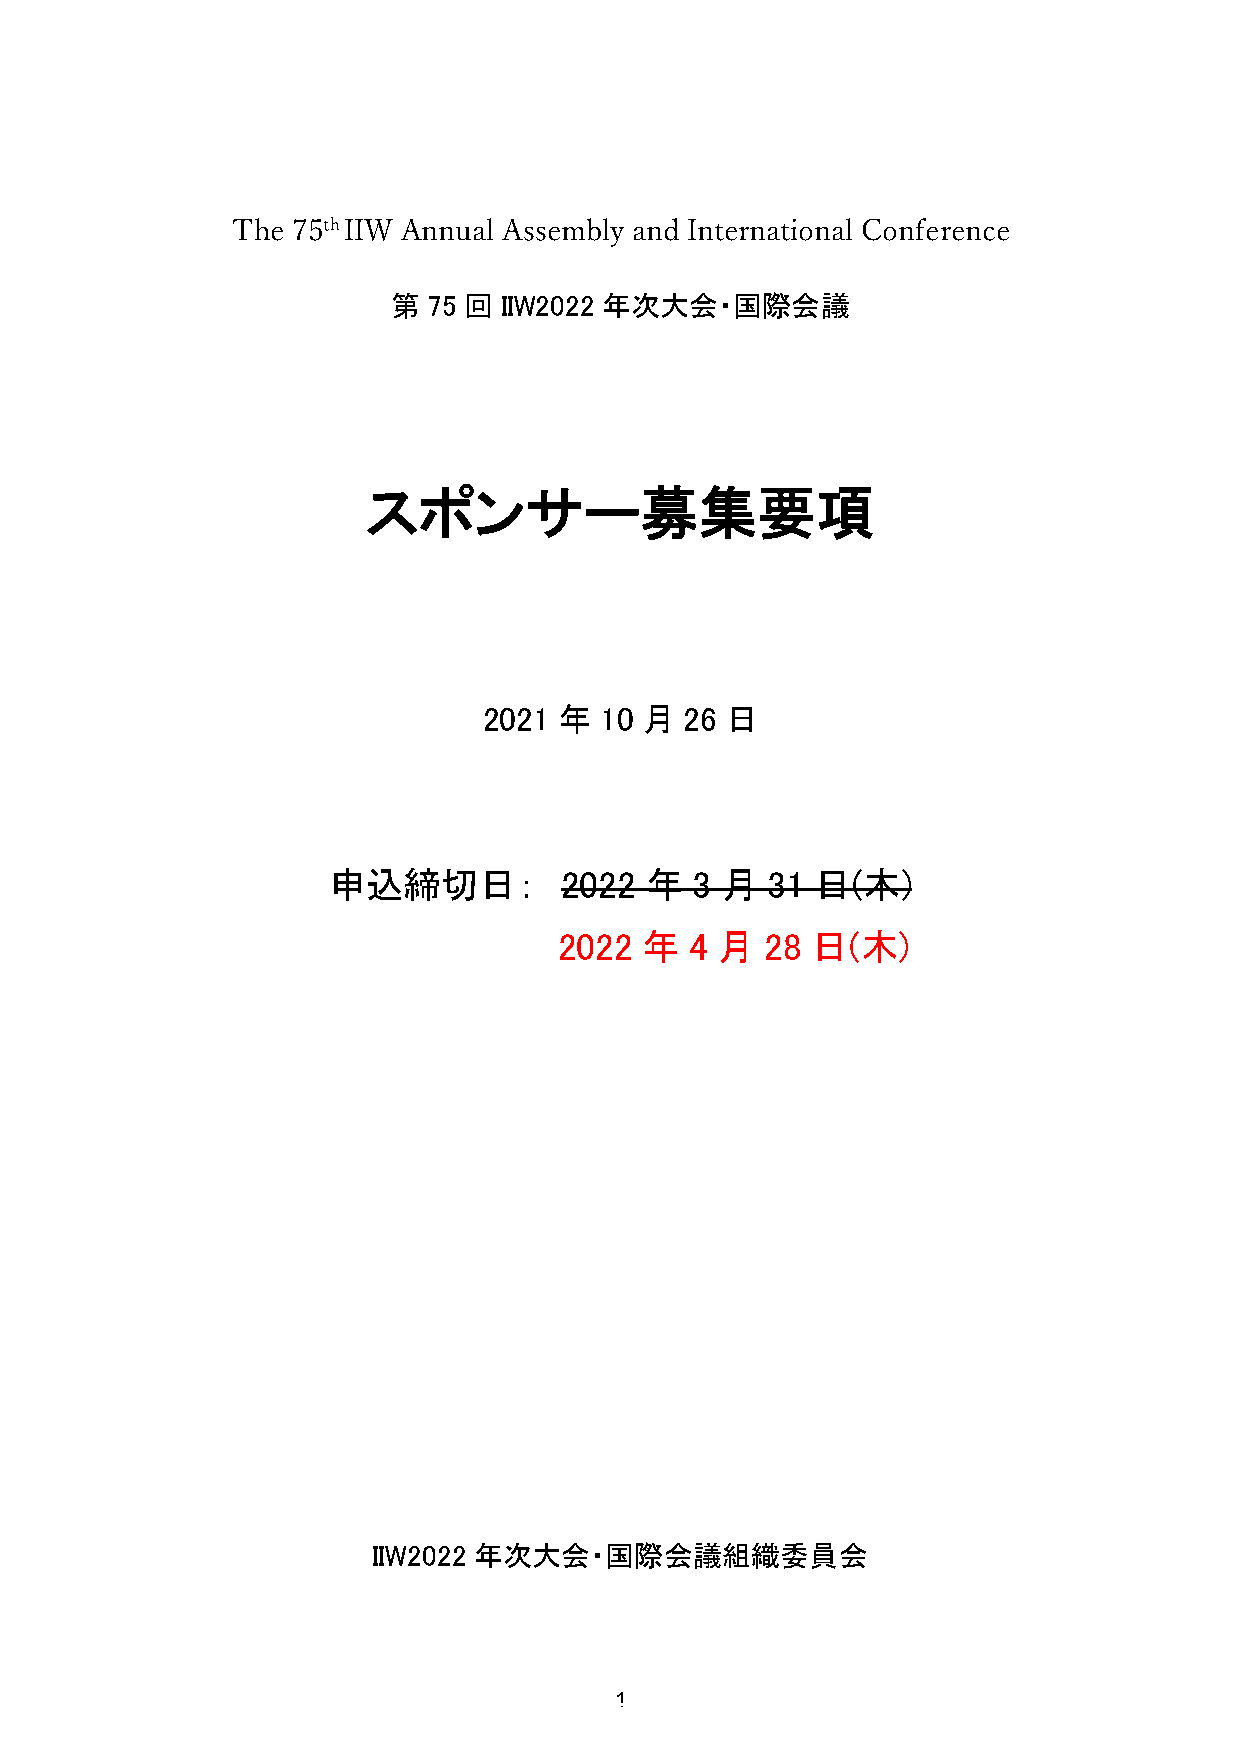
第 75 回 IIW2022 年次大会・国際会議
 スポンサー募集要項
 2021 年  10 月 26 日
 申込締切日：         2022  年  3 月  31 日(木)
 2022 年   4 月  28 日(木)
 IIW2022 年次大会・国際会議組織委員会
 1
 T h e 7 5 th I I W A n n u a l A s s e m b l y a n d I n t e r n a t i o n a l C o n f e r e n c e